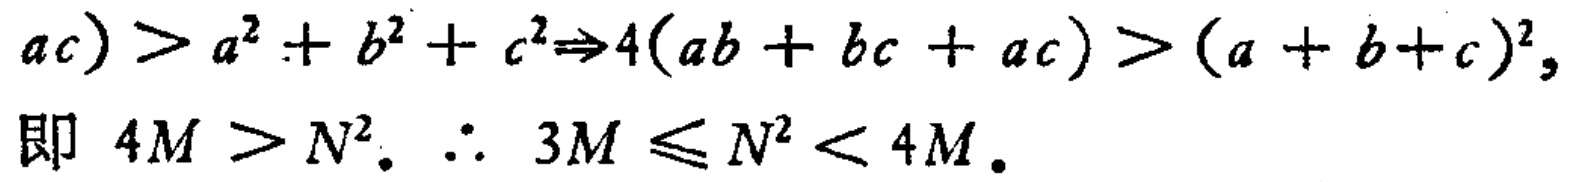
\[

ac)>a^{2}+b^{2}+c^{2}\Rightarrow4(ab + bc + ac)>(a + b + c)^{2},

\]

即 \(4M > N^{2}\). \(\therefore 3M\leqslant N^{2}<4M\).